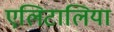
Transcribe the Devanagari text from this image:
एलिटालिया